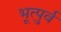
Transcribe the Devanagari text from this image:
भूत्पुर्व